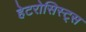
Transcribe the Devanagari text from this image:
हेटरोसिस्ट्स